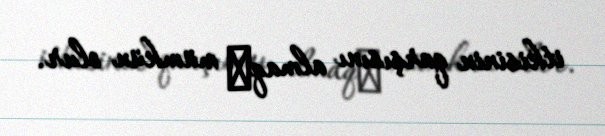
itkisinin qarşısını almaq​ mümkün olur.